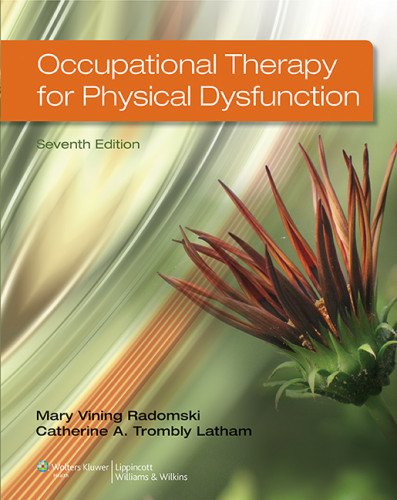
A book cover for Occupational Therapy for Physical Dysfunction Seventh Edition; Mary Vining Radomski MA  OTR  FAOTA; Medical Books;